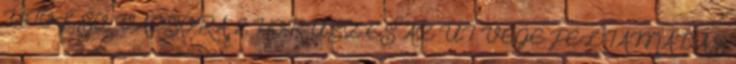
UTOLSÓ VACSORA 2 HÓRUSZ ÉS AZ ÚT VÉGE FELTÁMADÁS